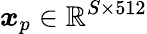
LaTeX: \boldsymbol{x}_{p}\in\mathbb{R}^{S\times 512}